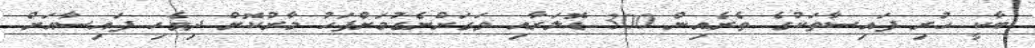
ބާކީ ހުރި ފައިސާތަކުގެ ތެރެއިން 300 ޑޮލަރާއި ވަގަށްނެގުމަށްފަހު މާރުކޮށް ދިވެހި ފައިސާއަށް